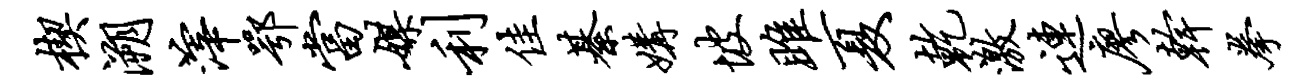
楔溯滓鄂当媒利佳綦媾坡雎夏乾激连廖干拳